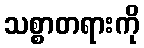
သစ္စာတရားကို